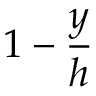
1 - { \frac { y } { h } }